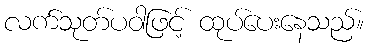
လက်သုတ်ပဝါဖြင့် ထုပ်ပေးနေသည်။